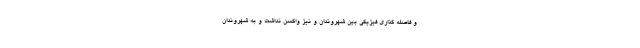
و فاصله گذاری فیزیکی بین شهروندان و نیز واکسن نداشت و به شهروندان